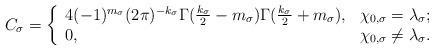
LaTeX: \begin{align*}C_\sigma=\left\{\begin{array}{ll}4(-1)^{m_\sigma}(2\pi)^{-k_\sigma}\Gamma(\frac{k_\sigma}{2}-m_\sigma)\Gamma(\frac{k_\sigma}{2}+m_\sigma),&\chi_{0,\sigma}=\lambda_\sigma;\\ 0,&\chi_{0,\sigma}\neq\lambda_\sigma. \end{array}\right.\end{align*}